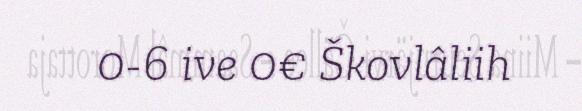
0-6 ive 0€ Škovlâliih